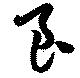
良